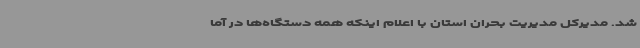
شد. مدیرکل مدیریت بحران استان با اعلام اینکه همه دستگاه‌ها در آما